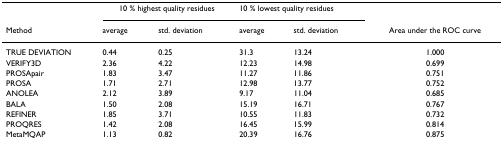
<table><thead><tr><td></td><td colspan="2"><b>10 % highest quality residues</b></td><td colspan="2"><b>10 % lowest quality residues</b></td><td></td></tr><tr><td><b>Method</b></td><td><b>average</b></td><td><b>std. deviation</b></td><td><b>average</b></td><td><b>std. deviation</b></td><td><b>Area under the ROC curve</b></td></tr></thead><tbody><tr><td>TRUE DEVIATION</td><td>0.44</td><td>0.25</td><td>31.3</td><td>13.24</td><td>1.000</td></tr><tr><td>VERIFY3D</td><td>2.36</td><td>4.22</td><td>12.23</td><td>14.98</td><td>0.699</td></tr><tr><td>PROSApair</td><td>1.83</td><td>3.47</td><td>11.27</td><td>11.86</td><td>0.751</td></tr><tr><td>PROSA</td><td>1.71</td><td>2.71</td><td>12.98</td><td>13.77</td><td>0.752</td></tr><tr><td>ANOLEA</td><td>2.12</td><td>3.89</td><td>9.17</td><td>11.04</td><td>0.685</td></tr><tr><td>BALA</td><td>1.50</td><td>2.08</td><td>15.19</td><td>16.71</td><td>0.767</td></tr><tr><td>REFINER</td><td>1.85</td><td>3.71</td><td>10.55</td><td>11.83</td><td>0.732</td></tr><tr><td>PROQRES</td><td>1.42</td><td>2.08</td><td>16.45</td><td>15.99</td><td>0.814</td></tr><tr><td>MetaMQAP</td><td>1.13</td><td>0.82</td><td>20.39</td><td>16.76</td><td>0.875</td></tr></tbody></table>